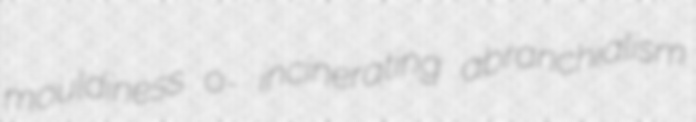
mouldiness o- incinerating abranchialism